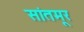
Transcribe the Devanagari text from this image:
सांतमूर